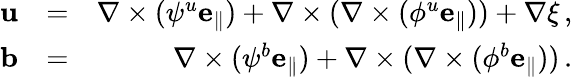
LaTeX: \begin{array}{rlr}{{\mathbf u}}&{=}&{\nabla\times(\psi^{u}{\mathbf e_{\parallel}})+\nabla\times(\nabla\times(\phi^{u}{\mathbf e_{\parallel}}))+\nabla\xi\, ,}\\ {{\mathbf b}}&{=}&{\nabla\times(\psi^{b}{\mathbf e_{\parallel}})+\nabla\times(\nabla\times(\phi^{b}{\mathbf e_{\parallel}}))\, .}\end{array}